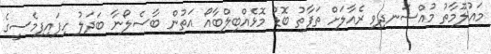
މައުލޫމާތު މުއްސަނދިވި ރެއާލަށް ތަފާތު ބޮޑު މޮޅެއްބިލްބާއޯ އަތުން ބާސެލޯނާ ބަދަލު ހިފައިފިމެސީގެ